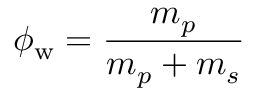
\phi _ { \mathrm { w } } = \frac { m _ { p } } { m _ { p } + m _ { s } }